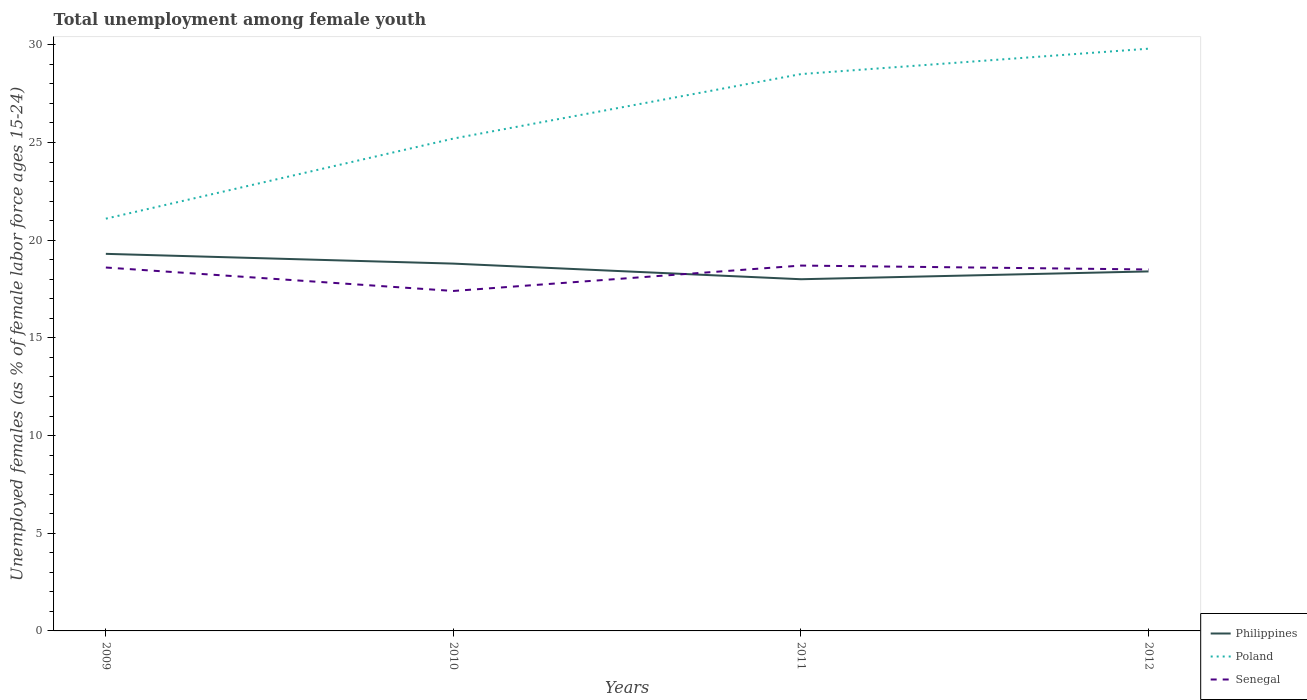
| Years | Philippines | Poland | Senegal |
 | --- | --- | --- | --- |
 | 2009 | 19.3 | 21.1 | 18.6 |
 | 2010 | 18.8 | 25.2 | 17.4 |
 | 2011 | 18 | 28.5 | 18.7 |
 | 2012 | 18.4 | 29.8 | 18.5 |